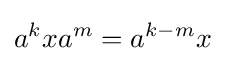
a^{k}xa^{m}=a^{k-m}x